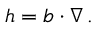
\begin{array} { r } { \boldsymbol { h } = \boldsymbol { b } \cdot \nabla \, . } \end{array}